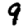
Digit: 9